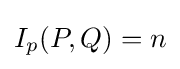
I_{p}(P,Q)=n